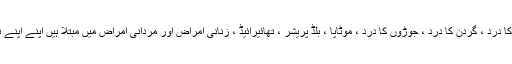
ایسے مریض جو سردرد ، کمر کا درد ، گردن کا درد ، جوڑوں کا درد ، موٹاپا ، بلڈ پریشر ، تھائیرائیڈ ، زنانی امراض اور مردانی امراض میں مبتلا ہیں اپنے اپنے نام فون نمبر 9246174881 ۔